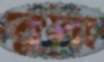
সুসা